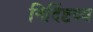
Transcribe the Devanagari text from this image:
निर्दिष्टव्य